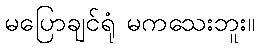
မပြောချင်ရုံ မကသေးဘူး။